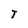
Character: T